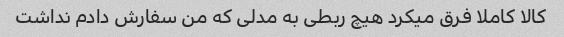
کالا کاملا فرق میکرد هیچ ربطی به مدلی که من سفارش دادم نداشت